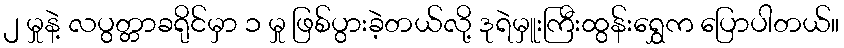
၂ မှုနဲ့ လပွတ္တာခရိုင်မှာ ၁ မှု ဖြစ်ပွားခဲ့တယ်လို့ ဒုရဲမှူးကြီးထွန်းရွှေက ပြောပါတယ်။